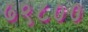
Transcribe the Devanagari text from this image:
७९८००